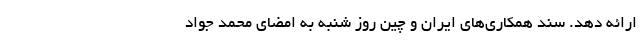
ارائه دهد. سند همکاری‌های ایران و چین روز شنبه به امضای محمد جواد